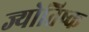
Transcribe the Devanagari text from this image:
ज्योतिष्क